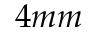
4 m m